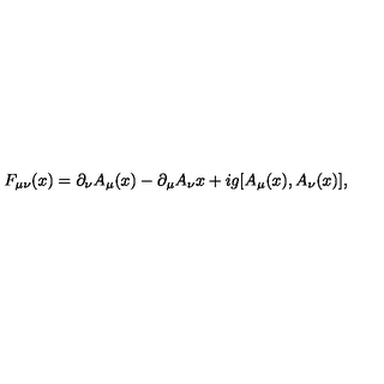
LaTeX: F _ { \mu \nu } ( x ) = \partial _ { \nu } A _ { \mu } ( x ) - \partial _ { \mu } A _ { \nu } { x } + i g [ A _ { \mu } ( x ) , A _ { \nu } ( x ) ] ,